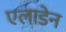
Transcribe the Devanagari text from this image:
एलाडेन